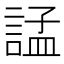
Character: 𧩌